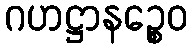
ဂဟဋ္ဌာနဉ္စေဝ